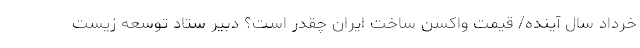
خرداد سال آینده/ قیمت واکسن ساخت ایران چقدر است؟ دبیر ستاد توسعه زیست